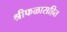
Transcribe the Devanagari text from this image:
श्रीफळासहित